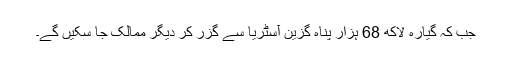
جب کہ گیارہ لاکھ 68 ہزار پناہ گزین آسٹریا سے گزر کر دیگر ممالک جا سکیں گے۔